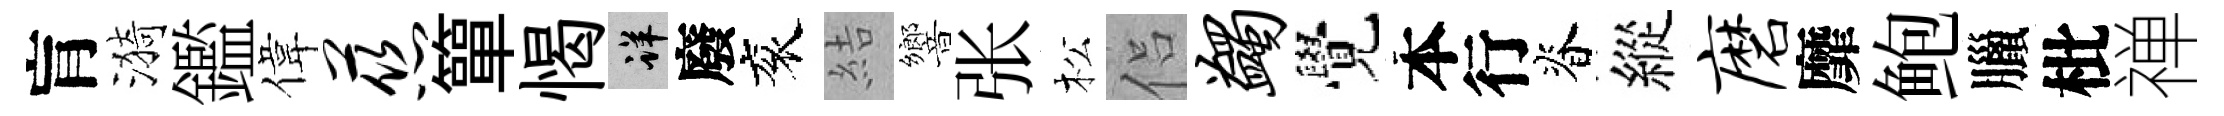
肓漪鑑偉慈簞愒详廢衮結響张松侣蠲覺本行脊縱磨靡鲍臘枇禅